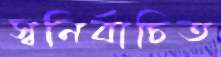
স্বনির্বাচিত